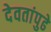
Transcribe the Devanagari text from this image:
देवतांपुढे